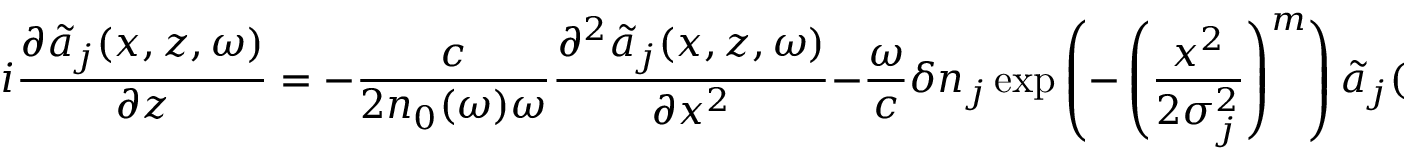
i \frac { \partial \tilde { a } _ { j } ( x , z , \omega ) } { \partial z } = - \frac { c } { 2 n _ { 0 } ( \omega ) \omega } \frac { \partial ^ { 2 } \tilde { a } _ { j } ( x , z , \omega ) } { \partial x ^ { 2 } } - \frac { \omega } { c } \delta n _ { j } \exp \left( - \left( \frac { x ^ { 2 } } { 2 \sigma _ { j } ^ { 2 } } \right) ^ { m } \right) \tilde { a } _ { j } ( x , z , \omega ) ,